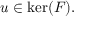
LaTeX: u \in \ker ( F ) .